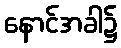
နောင်အခါ၌